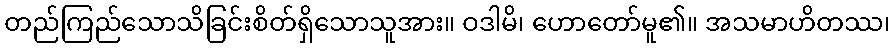
တည်ကြည်သောသိခြင်းစိတ်ရှိသောသူအား။ ဝဒါမိ၊ ဟောတော်မူ၏။ အသမာဟိတဿ၊